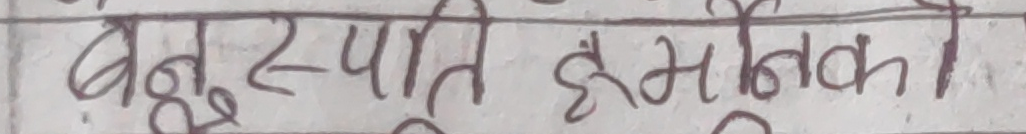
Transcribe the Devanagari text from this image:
बहुस्पाति हर्मनकी